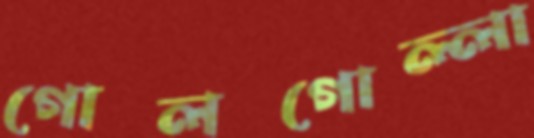
গোলগোল্লা